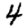
Digit: 4